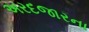
અરદજારના